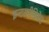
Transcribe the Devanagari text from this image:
इन्टरमीडियेट